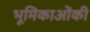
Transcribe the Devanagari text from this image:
भूमिकाओंकी